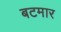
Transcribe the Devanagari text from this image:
बटमार